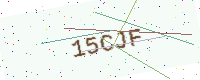
Text: 15CJF